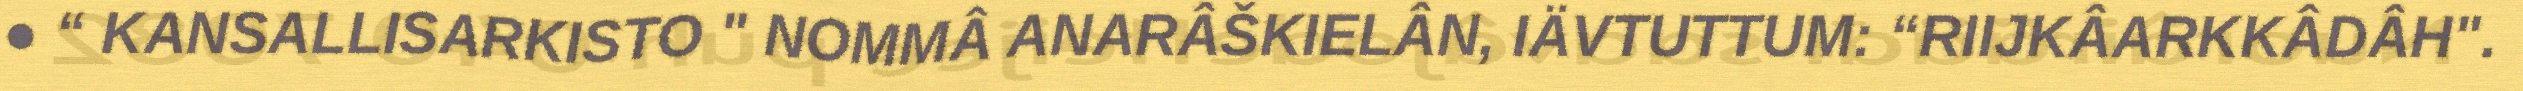
● “ KANSALLISARKISTO " NOMMÂ ANARÂŠKIELÂN, IÄVTUTTUM: “RIIJKÂARKKÂDÂH".